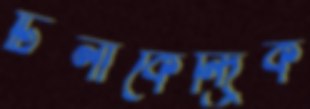
টিলাকেন্দ্রিক